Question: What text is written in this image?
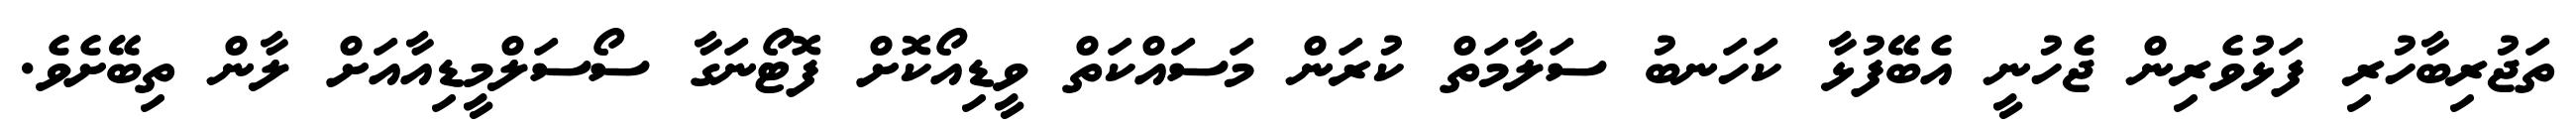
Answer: ތަޖުރިބާހުރި ފަޅުވެރިން ޖެހުނީ އެބޭފުޅާ ކަހަނބު ސަލާމަތް ކުރަން މަސައްކަތް ވީޑިއޯކޮށް ފޮޓޯނަގާ ސޯސަލްމީޑިއާއަށް ލާން ތިބޭށެވެ.